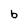
Character: b